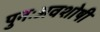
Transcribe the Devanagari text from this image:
पुनःअवशोषी